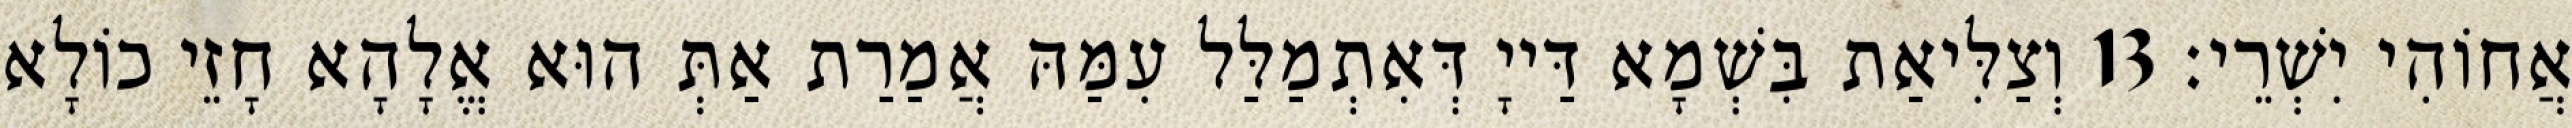
אֲחוֹהִי יִשְׁרֵי׃ 13 וְצַלִּיאַת בִּשְׁמָא דַּייָ דְּאִתְמַלַּל עִמַּהּ אֲמַרַת אַתְּ הוּא אֱלָהָא חָזֵי כוֹלָא